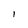
Character: I